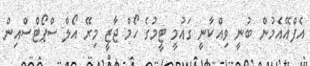
އެފްއޭއެމުން ބުނީ ވިއްކާނީ ގައުމީ ޓީމުގެ ހޯމް ޖާޒީ މިރޭ އޯލް ސްޕޯޓްސްއިން